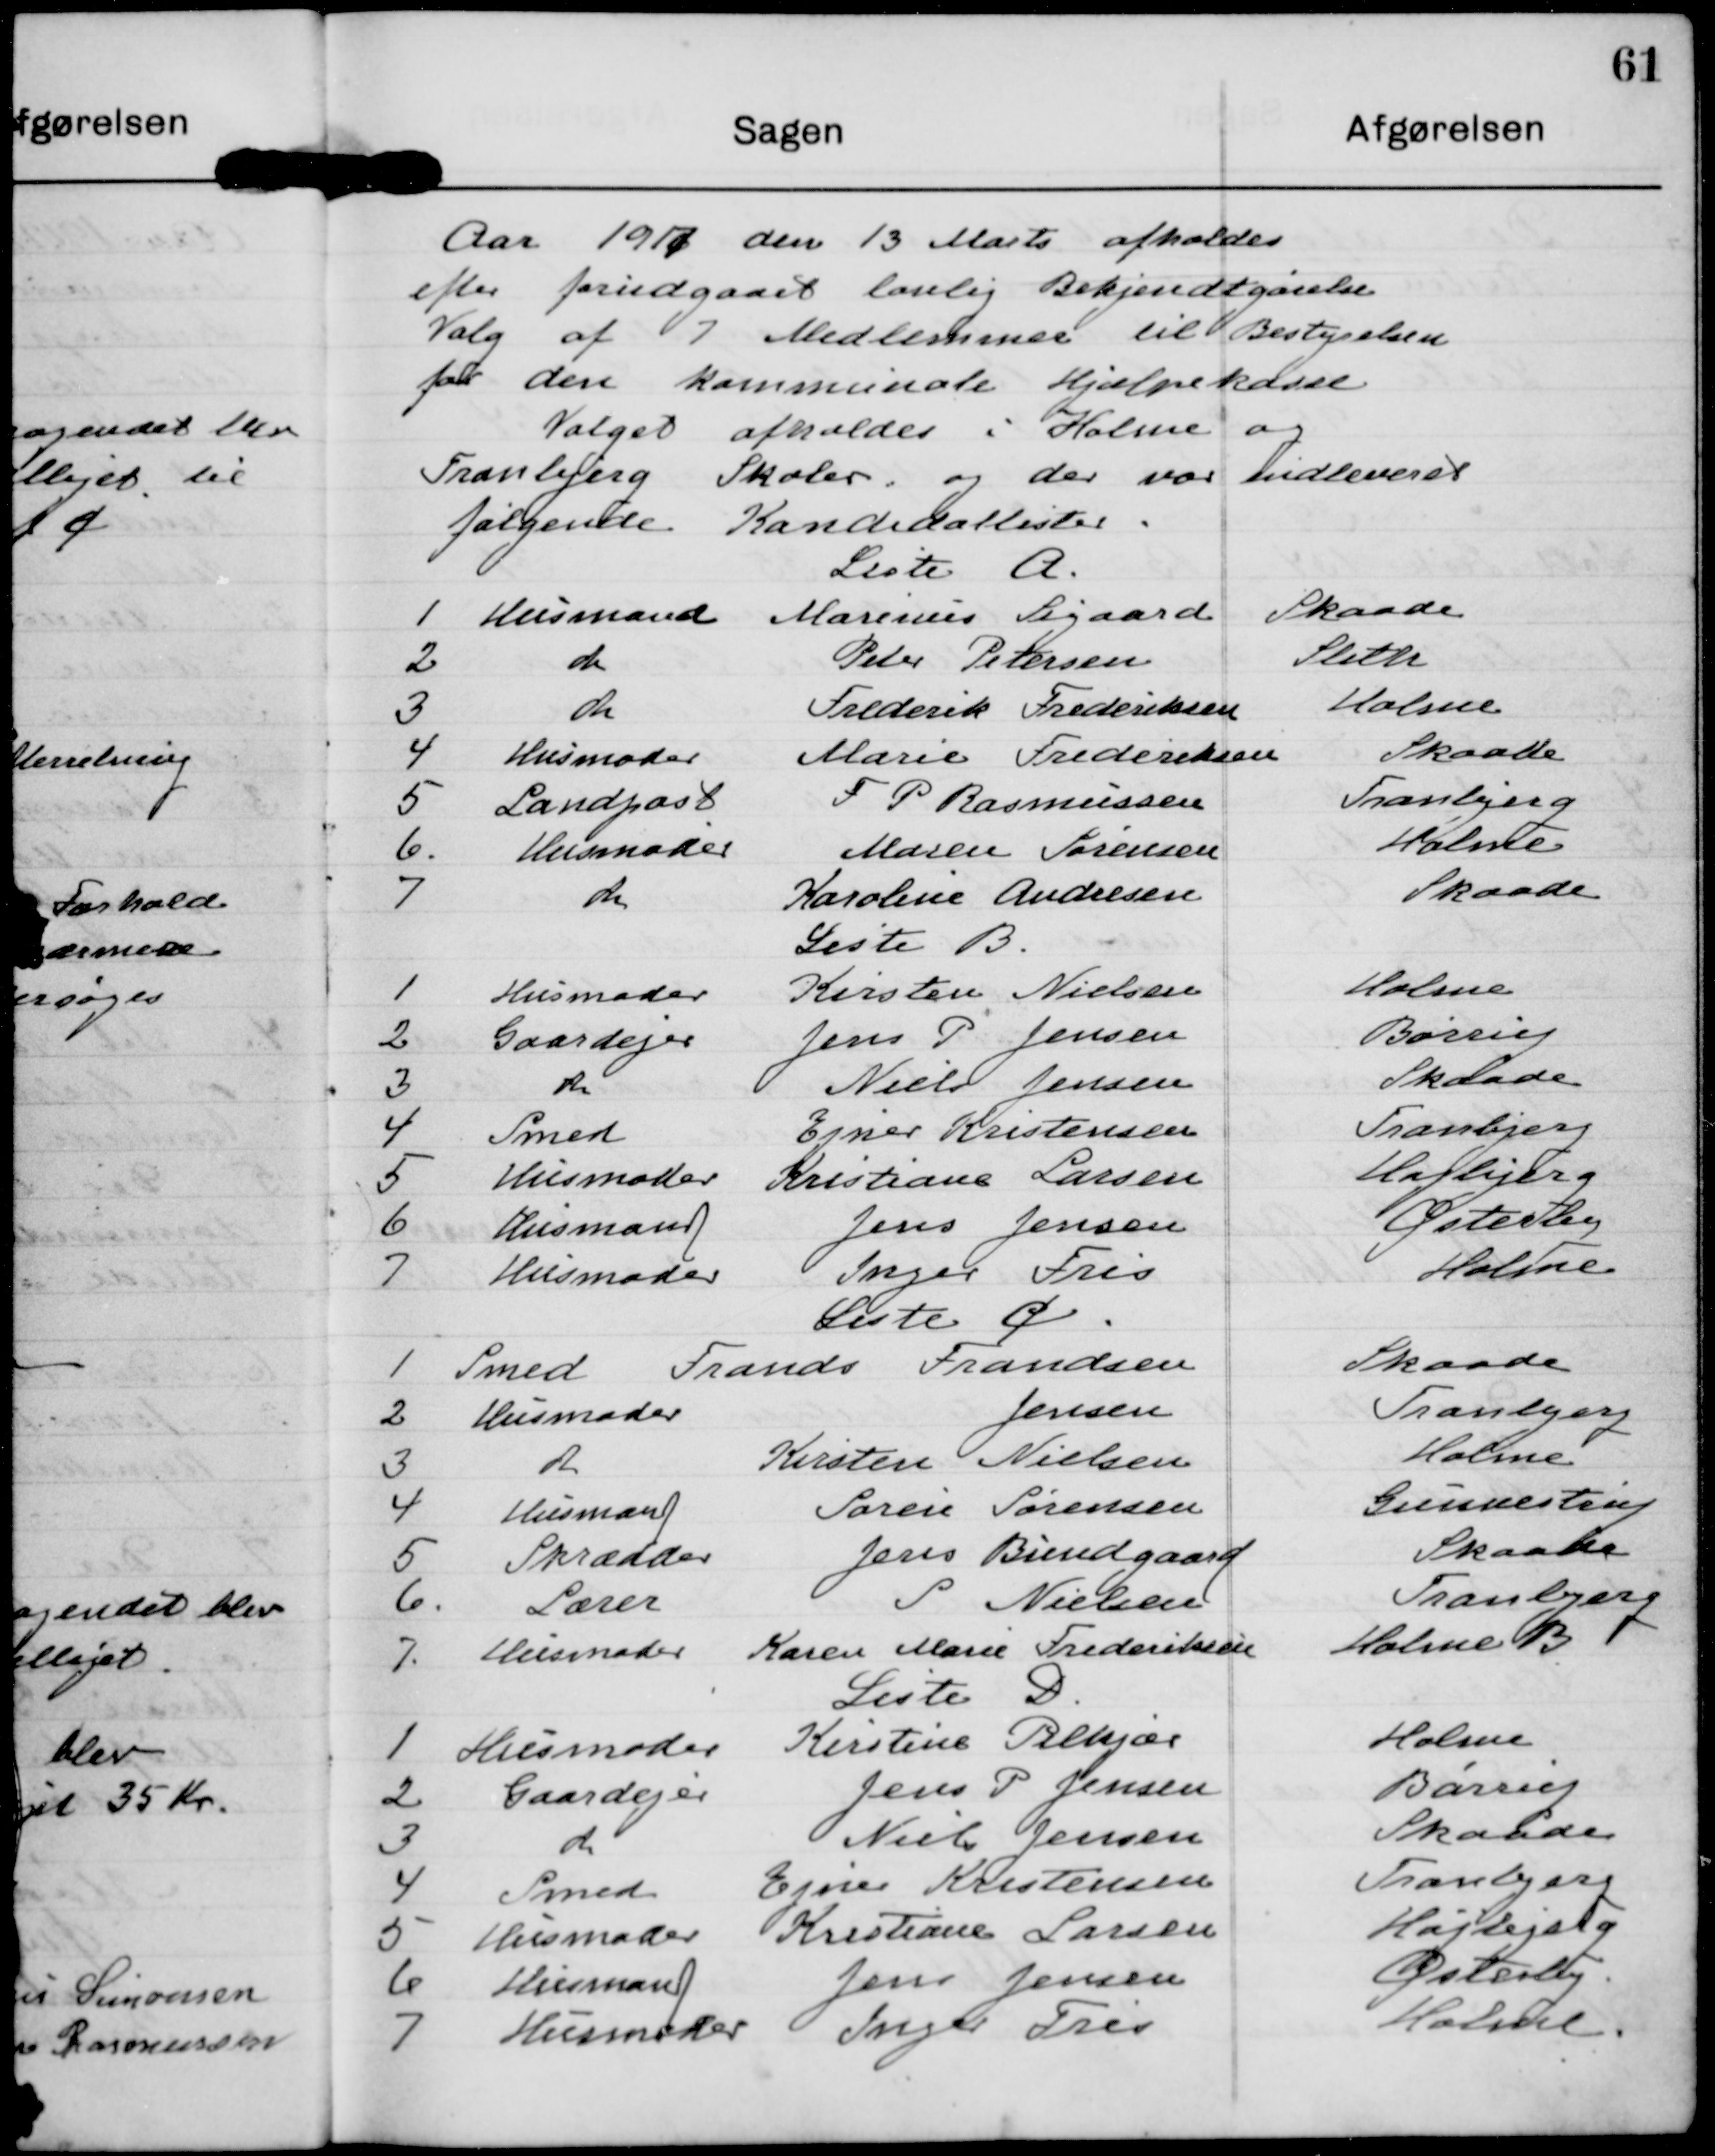
Transskription:
Aar 1917 den 13 Marts afholdes
efter forudgaaet lovlig Bekjendtgørelse
Valg af 7 Medlemmer til Bestyrelsen
for den kommunale Hjælpekasse
Valget afholdes i Holme og
Tranbjerg Skoler og der var indleveret
følgende Kandidatlister.

Liste A.
1 Husmand Marinus Sigaard Skaade
2
do
Peter Petersen
Sleth
3
do
Frederik Frederiksen Holme
4
Husmoder Marie Frederiksen Skaade
5
Landpost F P Rasmussen
Tranbjerg
6 Husmoder Maren Sørensen
Holme
7
do
Karoline Andresen
Skaade

Liste B
1
Husmoder
Kirsten Nielsen
Holme
2 Gaardejer Jens P Jensen
Børup
3
do
Niels Jensen
Skaade
4 Smed
Ejner Kristensen
Tranbjerg
5
Husmoder Kristiane larsen
Højbjerg
6 Husmand
Jens Jensen
Østerby
7
Husmoder
Inger Fris
Holme

Liste C
1 Smed Frands Frandsen
Skaade
2 Husmoder
Jensen
Tranbjerg
3
do
Kirsten Nielsen
Gunnestrup
4
Husmand
Søren Sørensen
Gunnestrup
5 Skrædder
Jens Bundgaard
Skaade
6 Lærer
S Nielsen
Tranbjerg
7 Husmoder Karen Marie Frederiksen
Holme B

Liste D
1 Husmoder Kirstine Pilkjær
Holme
2
Gaardejer
Jens P Jensen
Børrup
3
do
Jens P jensen
Skaade
4 Smed Ejner Kristensen
Tranbjerg
5 Husmoder Kristiane Larsen
Højbjerg
6 Husmand
Jens Jensen
Østerby
7 Husmoder Inger Fris
Holme